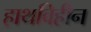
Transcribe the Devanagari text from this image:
हाथविहीन